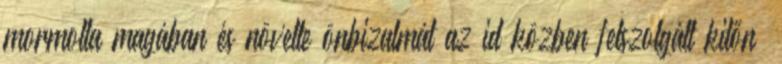
mormolta magában és növelte önbizalmát az idıközben felszolgált kitőnı